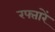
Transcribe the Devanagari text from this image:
रफ्तारें